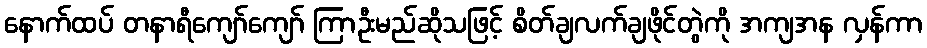
နောက်ထပ် တနာရီကျော်ကျော် ကြာဦးမည်ဆိုသဖြင့် စိတ်ချလက်ချဖိုင်တွဲကို အကျအန လှန်ကာ